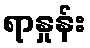
ရာနှုန်း